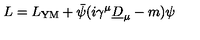
L = L _ { \mathrm { Y M } } + \bar { \psi } ( i \gamma ^ { \mu } \underline { { D } } _ { \mu } - m ) \psi